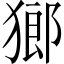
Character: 𤠸